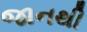
જાનથી